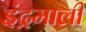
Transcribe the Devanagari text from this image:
इंद्रमाली